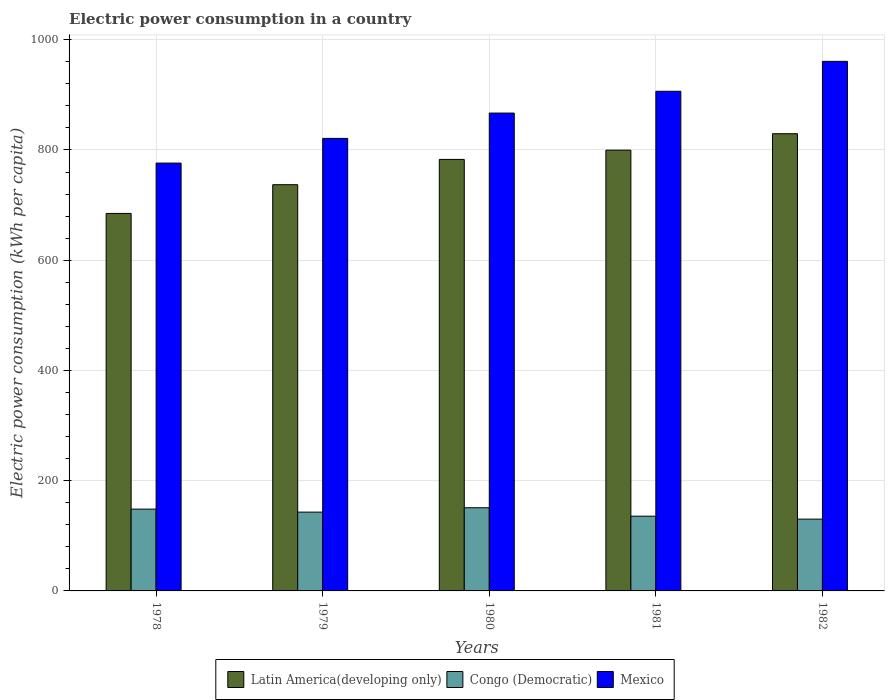
| Years | Latin America(developing only) | Congo (Democratic) | Mexico |
 | --- | --- | --- | --- |
 | 1978 | 685 | 148 | 776 |
 | 1979 | 737 | 143 | 821 |
 | 1980 | 783 | 151 | 867 |
 | 1981 | 800 | 136 | 907 |
 | 1982 | 830 | 130 | 961 |